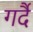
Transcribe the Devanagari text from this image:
गर्दै